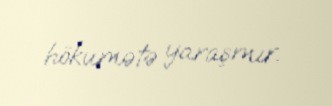
hökumətə yaraşmır.